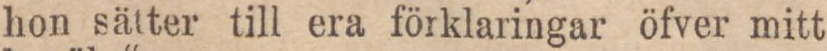
hon sätter till era förklaringar öfver mitt